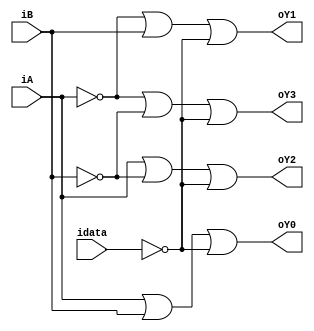
module CODI3(
       input iA,
		 input iB,
		 input idata, 
		 output oY0,
		 output oY1,
		 output oY2,
		 output oY3
		 );
		 
assign oY0=(iA|iB|~idata);
assign oY1=(~iA|iB|~idata);
assign oY2=(iA|~iB|~idata);
assign oY3=(~iA|~iB|~idata);


endmodule